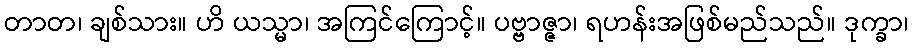
တာတ၊ ချစ်သား။ ဟိ ယသ္မာ၊ အကြင်ကြောင့်။ ပဗ္ဗာဇ္ဇာ၊ ရဟန်းအဖြစ်မည်သည်။ ဒုက္ခာ၊